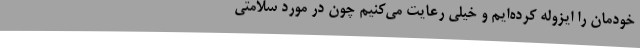
خودمان را ایزوله کرده‌ایم و خیلی رعایت می‌کنیم چون در مورد سلامتی